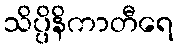
သိပ္ပိနိကာတီရေ